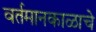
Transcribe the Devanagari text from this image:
वर्तमानकाळाचे